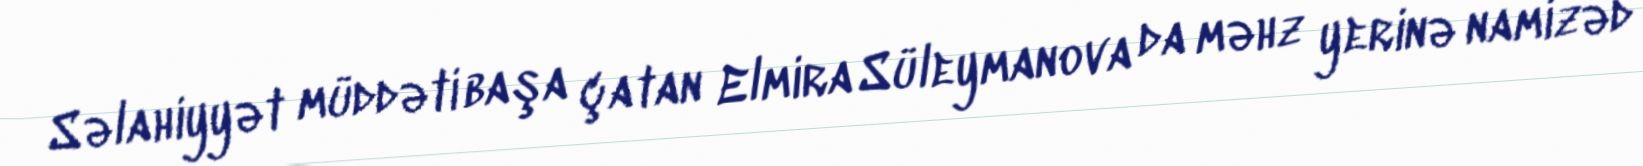
Səlahiyyət müddəti başa çatan Elmira Süleymanova da məhz yerinə namizəd